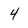
Character: 4